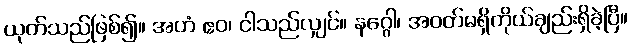
ယုတ်သည်ဖြစ်၍။ အဟံ ဧဝ၊ ငါသည်လျှင်။ နဂ္ဂေါ၊ အဝတ်မရှိကိုယ်ချည်းရှိခဲ့ပြီ။